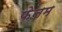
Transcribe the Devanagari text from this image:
फेनम